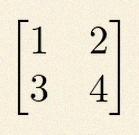
\begin{bmatrix}1&2\\3&4\end{bmatrix}